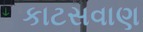
કાટસવાણ